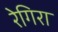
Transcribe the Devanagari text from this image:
रेगिरा